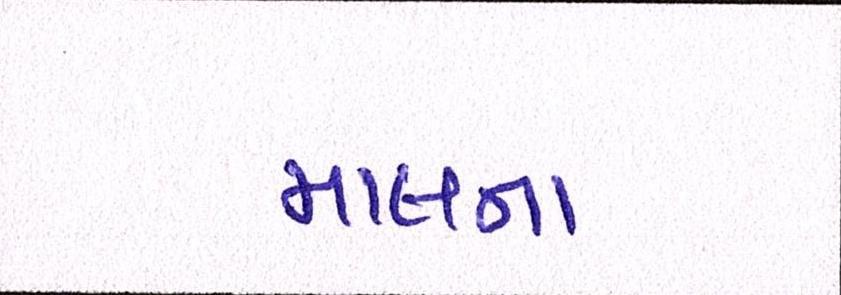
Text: માલના